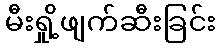
မီးရှို့ဖျက်ဆီးခြင်း